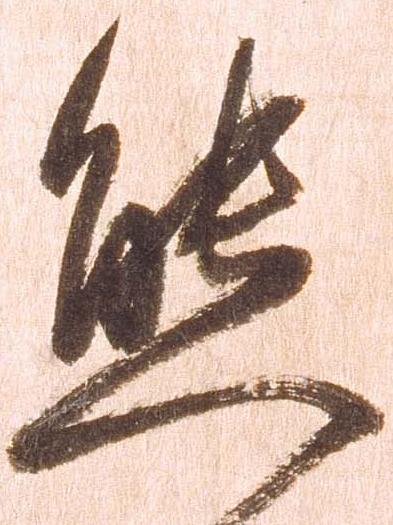
態